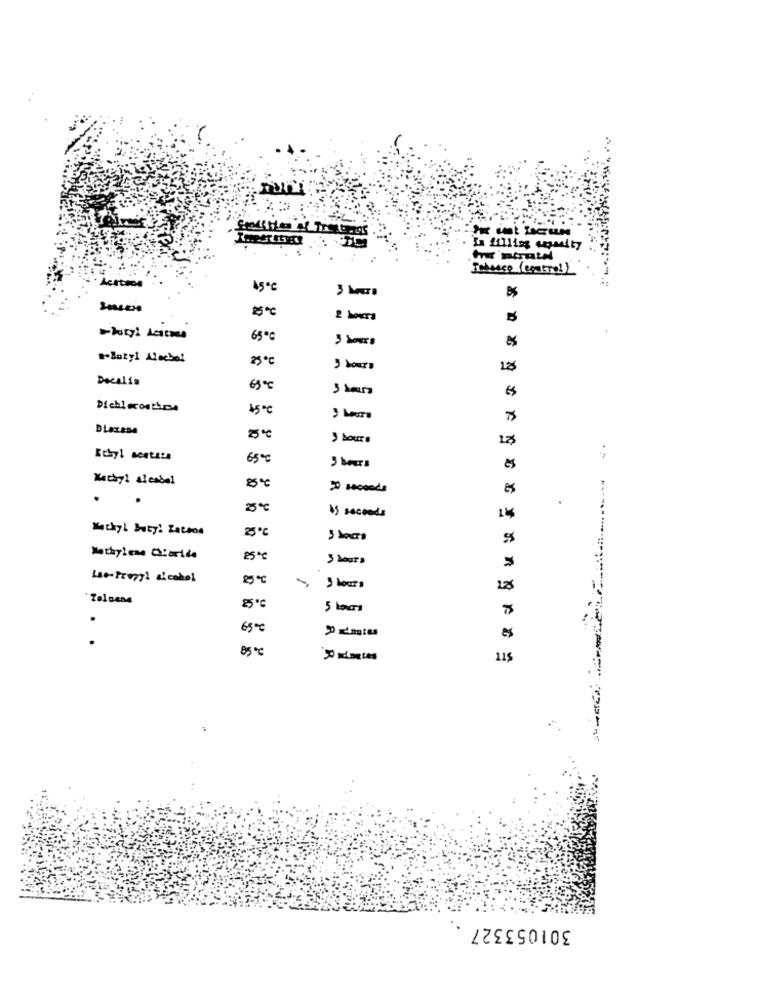
2 hours
65º0
3 hours
#Butyl Aleche!
25℃
5 hours
Decalss
6300
Dichi months
150℃
Ecbyl acetate
65℃
Methyl alcabal
>> seconds
25℃
is seconds
14
Matky! Buty! Zaten4
25℃
3 hours
Le Proppl aicobol
-
5 hours
.
65℃
85 ℃
215
301053327